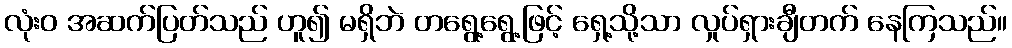
လုံးဝ အဆက်ပြတ်သည် ဟူ၍ မရှိဘဲ တရွေ့ရွေ့ဖြင့် ရှေ့သို့သာ လှုပ်ရှားချီတက် နေကြသည်။